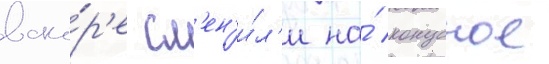
вско́р'е см'ен'и́л'и на́ конусное